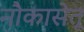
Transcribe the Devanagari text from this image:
नौकासेतू